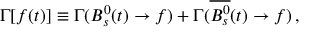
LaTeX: \Gamma [ f ( t ) ] \equiv \Gamma ( B _ { s } ^ { 0 } ( t ) \to f ) + \Gamma ( \overline { { { B _ { s } ^ { 0 } } } } ( t ) \to f ) \, ,